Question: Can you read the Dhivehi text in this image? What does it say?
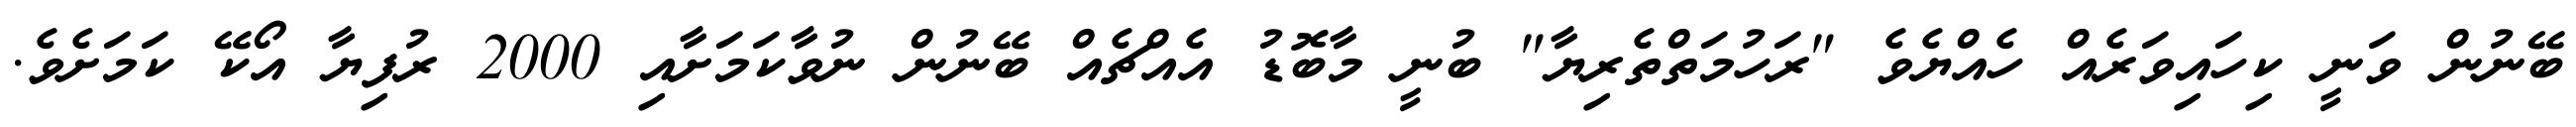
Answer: ބޭނުން ވަނީ ކިހައިވަރެއް ހެއްޔެވެ "ރަހުމަތްތެރިޔާ" ބުނީ މާބޮޑު އެއްޗެއް ބޭނުން ނުވާކަމަށާއި 2000 ރުފިޔާ އޯކޭ ކަމަށެވެ.